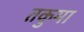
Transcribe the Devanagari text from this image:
तकुमा